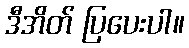
ဒီအိတ် ပြပေးပါ။